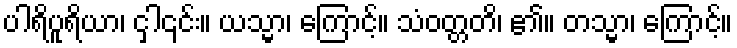
ပါရိပူရိယာ၊ ငှါ၎င်း။ ယသ္မာ၊ ကြောင့်။ သံဝတ္တတိ၊ ၏။ တသ္မာ၊ ကြောင့်။